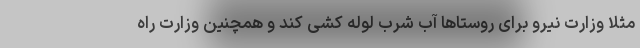
مثلا وزارت نیرو برای روستاها آب شرب لوله کشی کند و همچنین وزارت راه